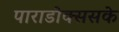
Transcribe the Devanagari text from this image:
पाराडोक्ससके